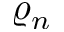
\varrho _ { n }